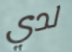
لدي